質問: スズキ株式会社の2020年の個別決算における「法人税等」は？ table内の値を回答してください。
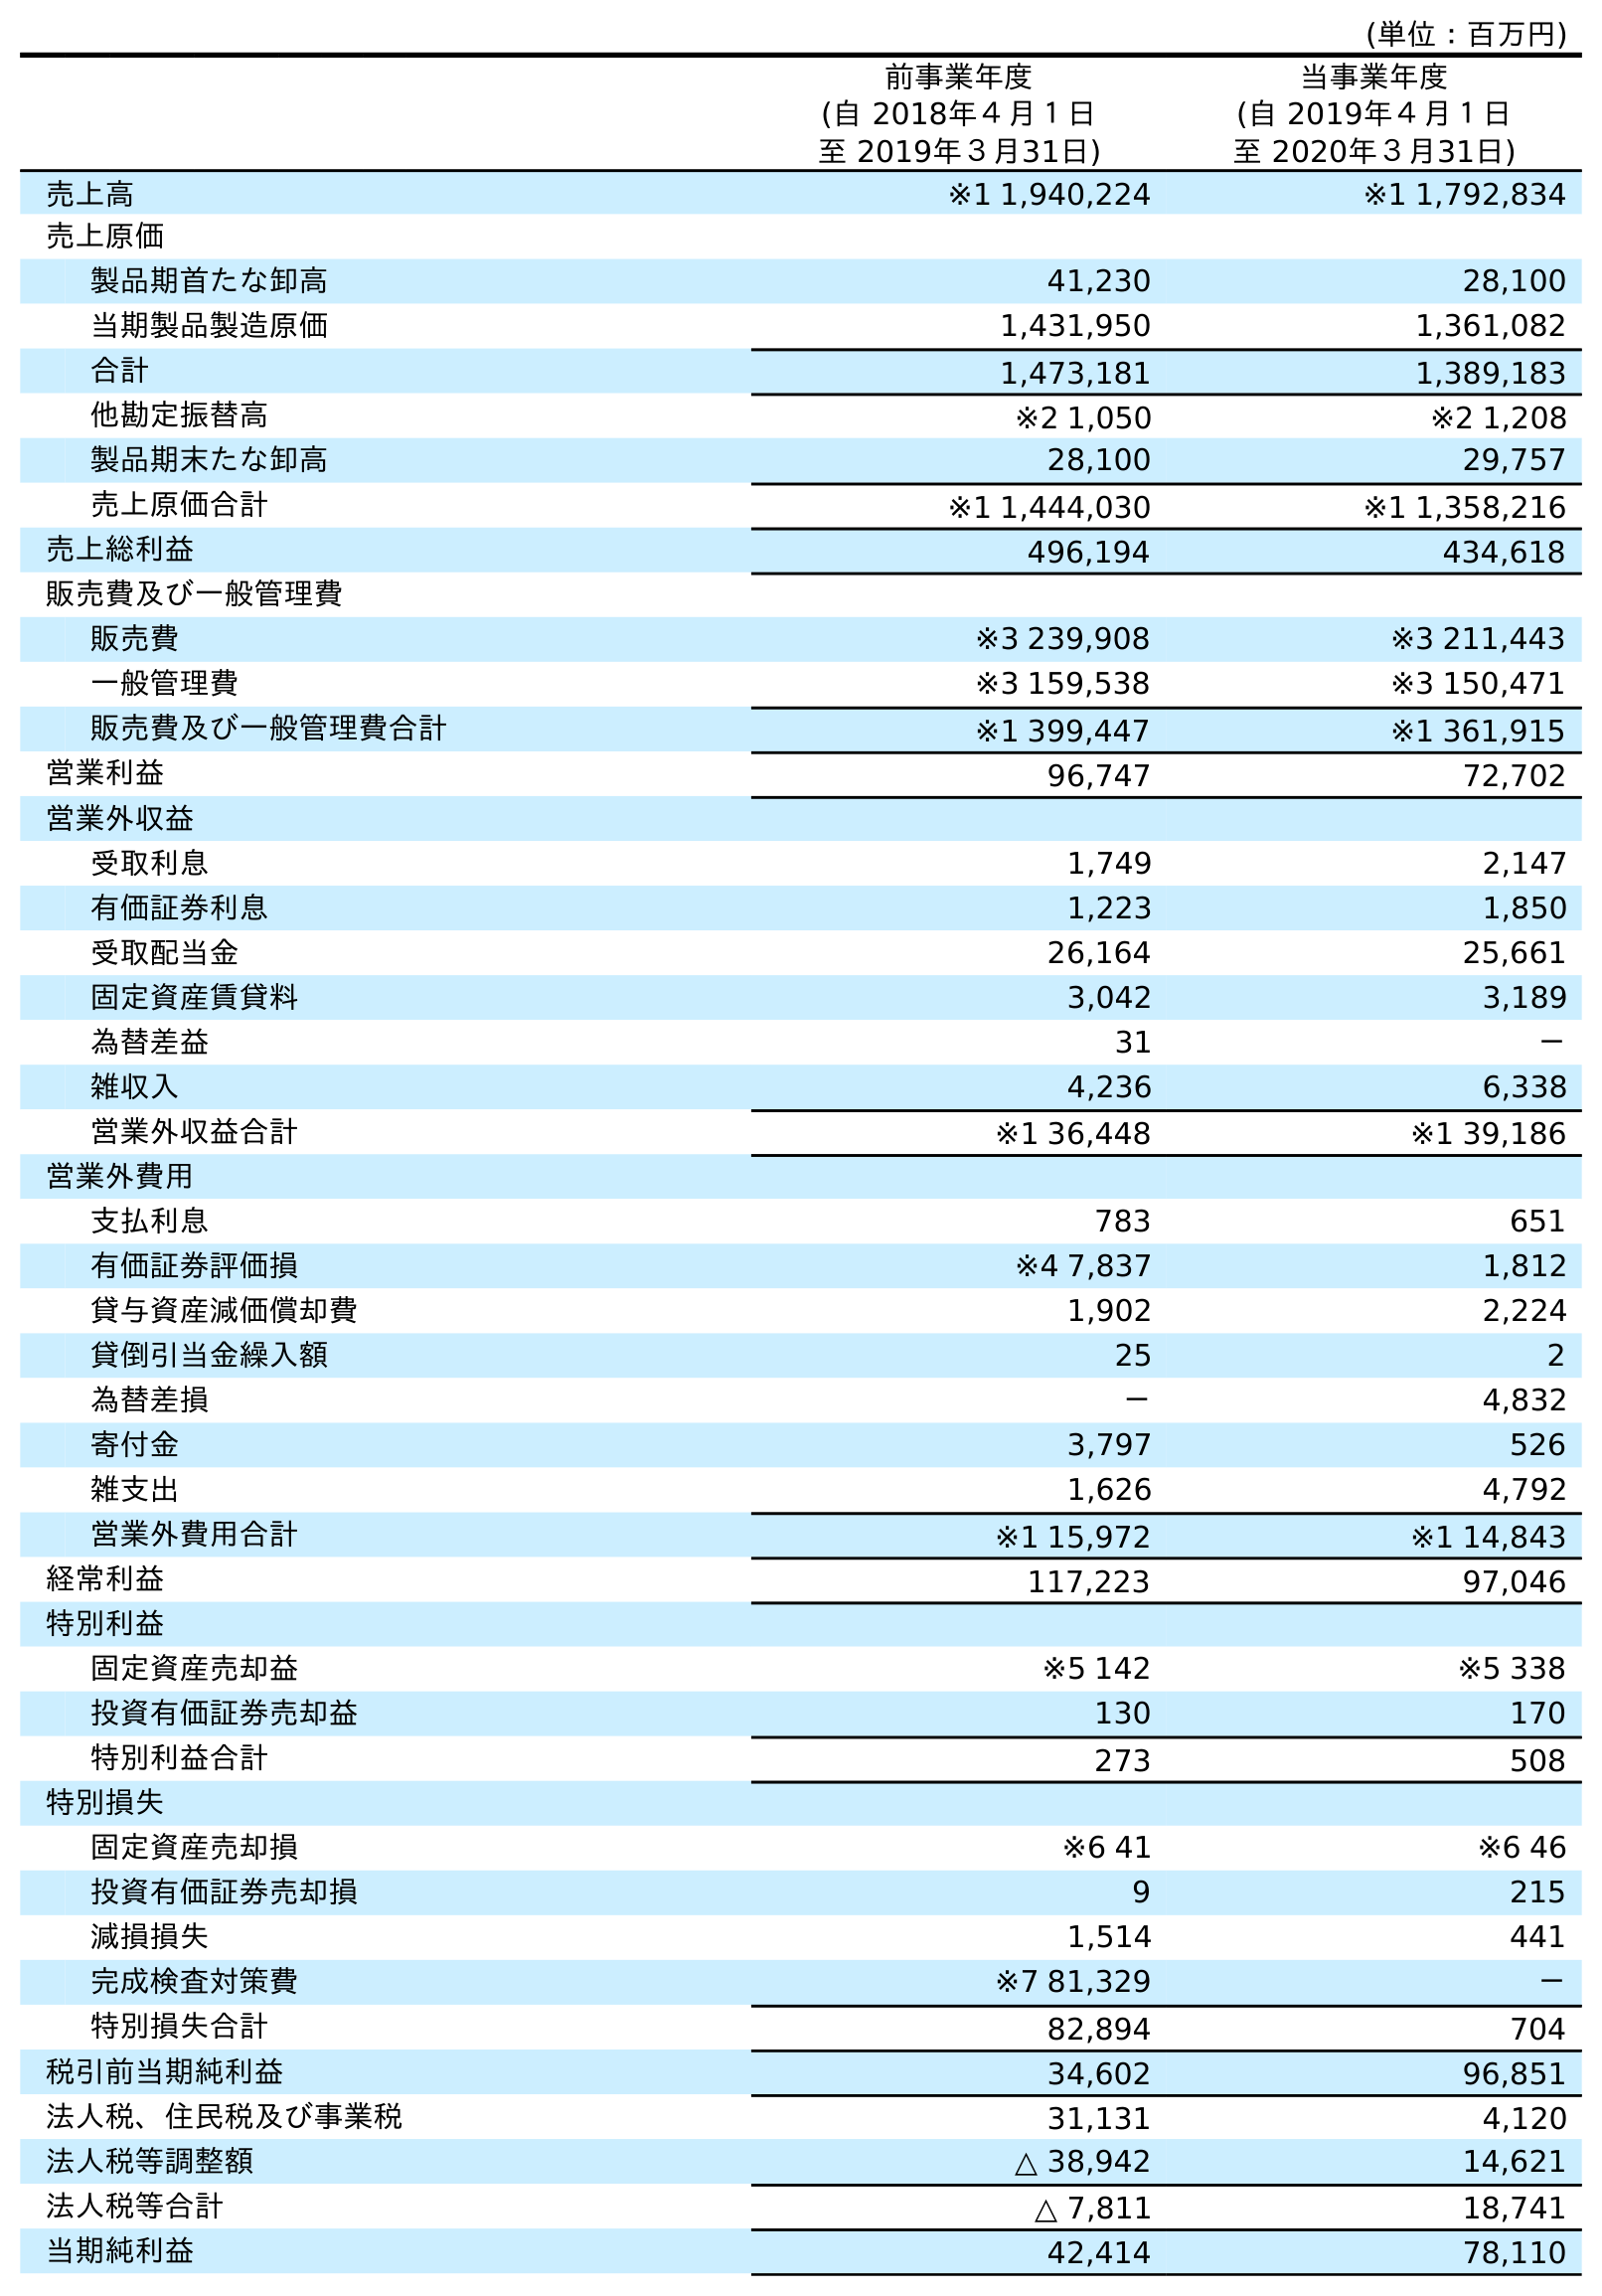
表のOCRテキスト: (単位：百万円) 前事業年度 (自 2018年４月１日 至 2019年３月31日) 当事業年度 (自 2019年４月１日 至 2020年３月31日) 売上高 ※1 1,940,224 ※1 1,792,834 売上原価 製品期首たな卸高 41,230 28,100 当期製品製造原価 1,431,950 1,361,082 合計 1,473,181 1,389,183 他勘定振替高 ※2 1,050 ※2 1,208 製品期末たな卸高 28,100 29,757 売上原価合計 ※1 1,444,030 ※1 1,358,216 売上総利益 496,194 434,618 販売費及び一般管理費 販売費 ※3 239,908 ※3 211,443 一般管理費 ※3 159,538 ※3 150,471 販売費及び一般管理費合計 ※1 399,447 ※1 361,915 営業利益 96,747 72,702 営業外収益 受取利息 1,749 2,147 有価証券利息 1,223 1,850 受取配当金 26,164 25,661 固定資産賃貸料 3,042 3,189 為替差益 31 － 雑収入 4,236 6,338 営業外収益合計 ※1 36,448 ※1 39,186 営業外費用 支払利息 783 651 有価証券評価損 ※4 7,837 1,812 貸与資産減価償却費 1,902 2,224 貸倒引当金繰入額 25 2 為替差損 － 4,832 寄付金 3,797 526 雑支出 1,626 4,792 営業外費用合計 ※1 15,972 ※1 14,843 経常利益 117,223 97,046 特別利益 固定資産売却益 ※5 142 ※5 338 投資有価証券売却益 130 170 特別利益合計 273 508 特別損失 固定資産売却損 ※6 41 ※6 46 投資有価証券売却損 9 215 減損損失 1,514 441 完成検査対策費 ※7 81,329 － 特別損失合計 82,894 704 税引前当期純利益 34,602 96,851 法人税、住民税及び事業税 31,131 4,120 法人税等調整額 △ 38,942 14,621 法人税等合計 △ 7,811 18,741 当期純利益 42,414 78,110
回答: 18,741